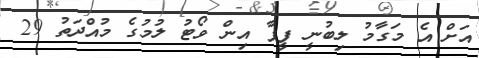
އަށް އެ މަގާމު ލިބުނީ ފީފާ އިން ވޯޓު ލުމުގެ މުއްދަތު 29